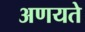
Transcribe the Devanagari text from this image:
अणयते